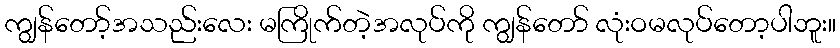
ကျွန်တော့်အသည်းလေး မကြိုက်တဲ့အလုပ်ကို ကျွန်တော် လုံးဝမလုပ်တော့ပါဘူး။